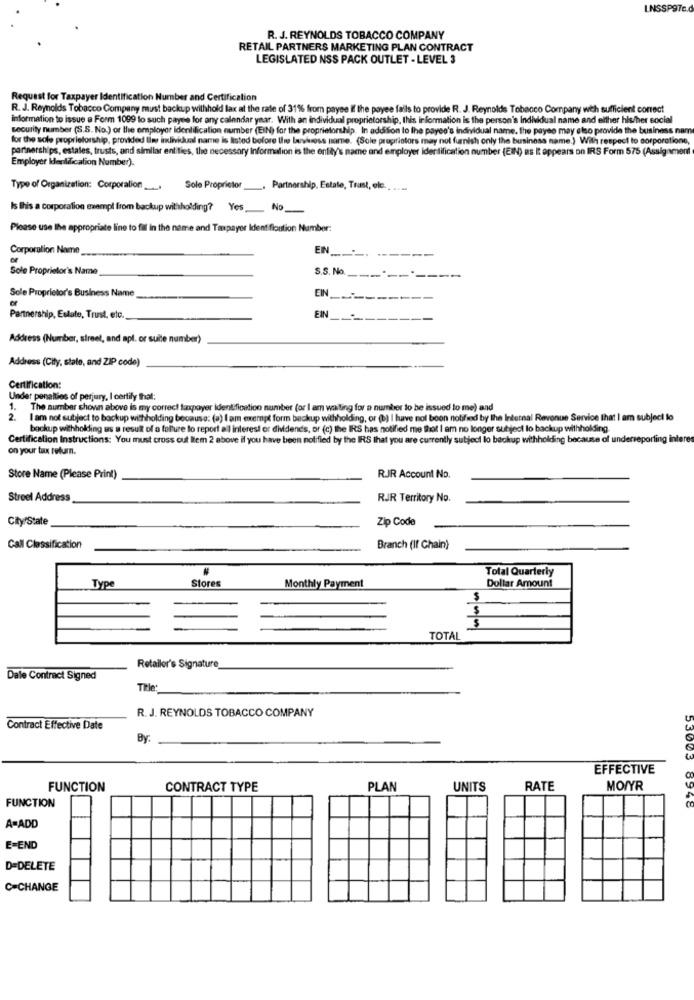
LNSSP976.
R. J. REYNOLDS TOBACCO COMPANY
RETAIL PARTNERS MARKETING PLAN CONTRACT
LEGISLATED NSS PACK OUTLET - LEVEL 3
Request for Taxpayer Identification Number and Certification
R. J. Reynolds Tobacco Company must backup withhold lax at the rate of 31% from payee If the payee fails to provide R. J. Reynolds Tobacco Company with sufficient correct
information to issue a Form 1099 to such payee for any calendar year. With an individual proprietorship, this information is the person's Individual name and either his/her social
security number (S.S. No.) of the employer identification number (EIN) for the proprietorship. In addition to the payee's individual name. the payee may also provide the business nam
for the sole proprietorship, provided lier individual name is listed before the bushess name. (Sole proprietors may not furnish only the business name.) With respect to corporatione,
partnerships, estales, trusts, and similar entities, the necessary Information is the entity's name and employer identification number (EIN) as I appears on IRS Form 575 (Assignment
Employer Identification Number).
Type of Organization: Corporation ...
Sole Proprietor
. Partnership, Estate, Trust, ele ......
Is this a corporation exempt from backup withholding? Yes_No_
Please use the appropriate line to fil in the name and Taxpayer Identification Number:
Corporation Name_
---
--
Sole Proprietor's Name
S.S. No. _____---
Sole Proprietor's Business Name
EN __----
Partnership, Estate, Trust, etc.
EIN
Address (Number, street, and apl. or suite number)
Address (City, state, and ZIP code)
Certification:
Under penalties of perjury, I certify that:
1.
The number shown above is my correct taxpayer Identification number (or I am waiting for a number to be issued to me) and
2.
I am not subject to backup withholding because: (a) I am exempt form backup withholding, or (b) I have nol boon notified by the Internal Revenue Service that I am subject lo
bockup withholding as a result of a falure to report all interest or dividends, or (c) the IRS has notified me that I am no longer subject lo backup withholding.
Certification Instructions: You must cross cut Item 2 above if you have been notified by the IRS that you are currently subject lo backup withholding because of underreporting interes
on your tax return.
Store Name (Please Print)
RJR Account No.
Street Address
RJR Territory No.
City State
Zip Code
Call Classification
Branch (If Chain)
Total Quarterly
Type
Stores
Dollar Amount
Monthly Payment
TOTAL
Retailer's Signature
Dale Contract Signed
Title:
R. J. REYNOLDS TOBACCO COMPANY
Contract Effective Date
By:
53003
EFFECTIVE
FUNCTION
CONTRACT TYPE
PLAN
UNITS
RATE
MOIYR
FUNCTION
A=ADD
E-END
D=DELETE
C=CHANGE